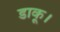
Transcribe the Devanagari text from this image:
डाकू।